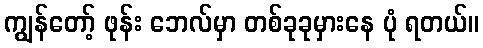
ကျွန်တော့် ဖုန်း ဘေလ်မှာ တစ်ခုခုမှားနေ ပုံ ရတယ်။